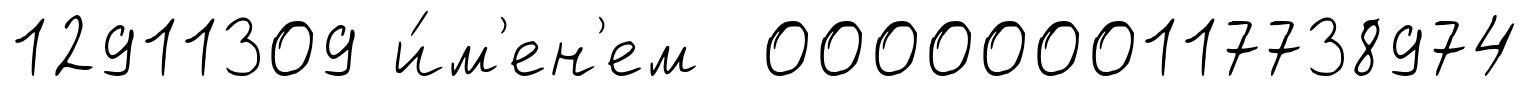
12911309 и́м'ен'ем 0000000117738974